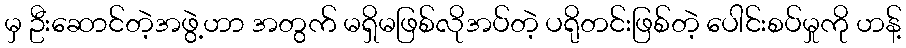
မှ ဦးဆောင်တဲ့အဖွဲ့ဟာ အတွက် မရှိမဖြစ်လိုအပ်တဲ့ ပရိုတင်းဖြစ်တဲ့ ပေါင်းစပ်မှုကို ဟန့်